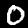
Digit: 0